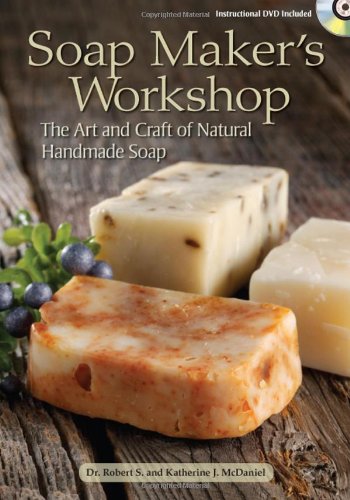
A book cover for Soap Maker's Workshop: The Art and Craft of Natural Homemade Soap; Robert S. McDaniel; Crafts, Hobbies & Home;